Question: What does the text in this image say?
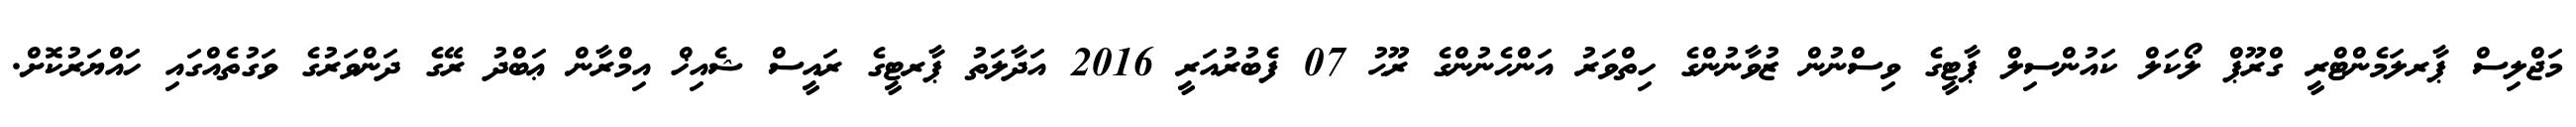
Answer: މަޖްލިސް ޕާރލަމެންޓްރީ ގްރޫޕް ލޯކަލް ކައުންސިލް ޕާޓީގެ ވިސްނުން ޒުވާނުންގެ ހިތްވަރު އަންހެނުންގެ ރޫޙު 07 ފެބުރުއަރީ 2016 އަދާލަތު ޕާރޓީގެ ރައީސް ޝެއިޚް އިމްރާން ޢަބްދު ރޭގެ ދަންވަރުގެ ވަގުތެއްގައި ހައްޔަރުކޮށް.